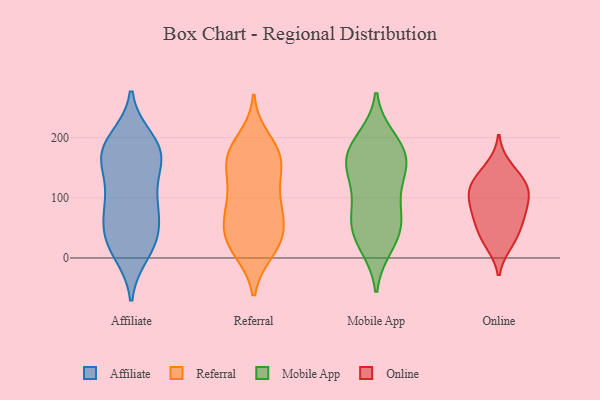
{"axis": {"x": "Net Income (USD K)", "y": "Value"}, "legend": ["Affiliate", "Mobile App", "Online", "Referral"], "data": [{"x": "", "y": 27, "type": "Affiliate"}, {"x": "", "y": 158, "type": "Affiliate"}, {"x": "", "y": 37, "type": "Affiliate"}, {"x": "", "y": 88, "type": "Affiliate"}, {"x": "", "y": 83, "type": "Affiliate"}, {"x": "", "y": 91, "type": "Affiliate"}, {"x": "", "y": 25, "type": "Affiliate"}, {"x": "", "y": 102, "type": "Affiliate"}, {"x": "", "y": 43, "type": "Affiliate"}, {"x": "", "y": 161, "type": "Affiliate"}, {"x": "", "y": 196, "type": "Affiliate"}, {"x": "", "y": 170, "type": "Affiliate"}, {"x": "", "y": 176, "type": "Affiliate"}, {"x": "", "y": 173, "type": "Affiliate"}, {"x": "", "y": 187, "type": "Affiliate"}, {"x": "", "y": 10, "type": "Affiliate"}, {"x": "", "y": 161, "type": "Referral"}, {"x": "", "y": 198, "type": "Referral"}, {"x": "", "y": 141, "type": "Referral"}, {"x": "", "y": 178, "type": "Referral"}, {"x": "", "y": 36, "type": "Referral"}, {"x": "", "y": 43, "type": "Referral"}, {"x": "", "y": 110, "type": "Referral"}, {"x": "", "y": 44, "type": "Referral"}, {"x": "", "y": 87, "type": "Referral"}, {"x": "", "y": 169, "type": "Referral"}, {"x": "", "y": 171, "type": "Referral"}, {"x": "", "y": 18, "type": "Referral"}, {"x": "", "y": 11, "type": "Referral"}, {"x": "", "y": 96, "type": "Referral"}, {"x": "", "y": 138, "type": "Referral"}, {"x": "", "y": 46, "type": "Referral"}, {"x": "", "y": 172, "type": "Referral"}, {"x": "", "y": 11, "type": "Referral"}, {"x": "", "y": 80, "type": "Referral"}, {"x": "", "y": 71, "type": "Referral"}, {"x": "", "y": 102, "type": "Mobile App"}, {"x": "", "y": 177, "type": "Mobile App"}, {"x": "", "y": 198, "type": "Mobile App"}, {"x": "", "y": 26, "type": "Mobile App"}, {"x": "", "y": 159, "type": "Mobile App"}, {"x": "", "y": 71, "type": "Mobile App"}, {"x": "", "y": 168, "type": "Mobile App"}, {"x": "", "y": 141, "type": "Mobile App"}, {"x": "", "y": 62, "type": "Mobile App"}, {"x": "", "y": 129, "type": "Mobile App"}, {"x": "", "y": 20, "type": "Mobile App"}, {"x": "", "y": 63, "type": "Mobile App"}, {"x": "", "y": 45, "type": "Mobile App"}, {"x": "", "y": 158, "type": "Mobile App"}, {"x": "", "y": 189, "type": "Mobile App"}, {"x": "", "y": 81, "type": "Online"}, {"x": "", "y": 24, "type": "Online"}, {"x": "", "y": 75, "type": "Online"}, {"x": "", "y": 66, "type": "Online"}, {"x": "", "y": 105, "type": "Online"}, {"x": "", "y": 109, "type": "Online"}, {"x": "", "y": 30, "type": "Online"}, {"x": "", "y": 152, "type": "Online"}, {"x": "", "y": 122, "type": "Online"}, {"x": "", "y": 51, "type": "Online"}, {"x": "", "y": 133, "type": "Online"}, {"x": "", "y": 113, "type": "Online"}]}